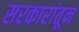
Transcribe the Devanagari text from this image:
सरकारांतून